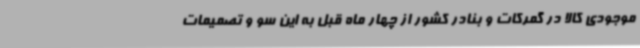
موجودی کالا در گمرکات و بنادر کشور از چهار ماه قبل به این سو و تصمیمات